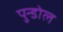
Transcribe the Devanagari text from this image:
पुन्डोल